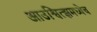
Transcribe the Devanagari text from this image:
आउश्वित्झमध्येच